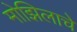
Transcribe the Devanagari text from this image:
मोझिलाचे